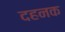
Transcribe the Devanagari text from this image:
दहनक